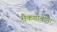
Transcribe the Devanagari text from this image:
मैकगोवाना